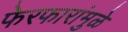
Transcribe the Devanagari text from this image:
फेरफारांमुळे